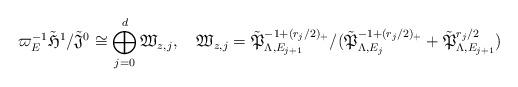
LaTeX: \begin{align*}\varpi_E^{-1}\tilde{\mathfrak{H}}^1 / \tilde{\mathfrak{J}}^0\cong \bigoplus_{j=0}^d\mathfrak{W}_{z,j},\quad\mathfrak{W}_{z,j}= \tilde{\mathfrak{P}}^{-1+(r_j/2)_+}_{\Lambda,E_{j+1}}/ (\tilde{\mathfrak{P}}^{-1+(r_j/2)_+}_{\Lambda,E_{j}}+ \tilde{\mathfrak{P}}^{r_j/2}_{\Lambda,E_{j+1}})\end{align*}